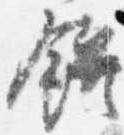
餅